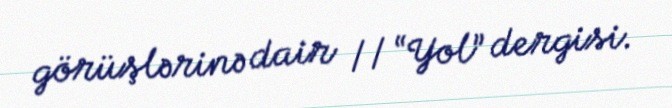
görüşlərinə dair // “Yol” dergisi.